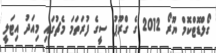
ގޯލްޑޮޓްކޮމް ޔޫރޯ 2012 ގެ ގްރޫޕު ސީގެ ފުރަތަމަ މެޗުގައި މިއަދު އިޓަލީ